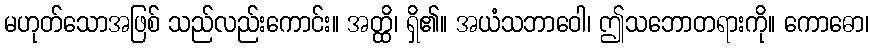
မဟုတ်သောအဖြစ် သည်လည်းကောင်း။ အတ္ထိ၊ ရှိ၏။ အယံသဘာဝေါ၊ ဤသဘောတရားကို။ ကောဓော၊